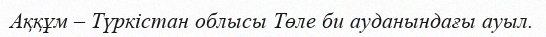
Аққұм – Түркістан облысы Төле би ауданындағы ауыл.